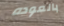
بالعوده